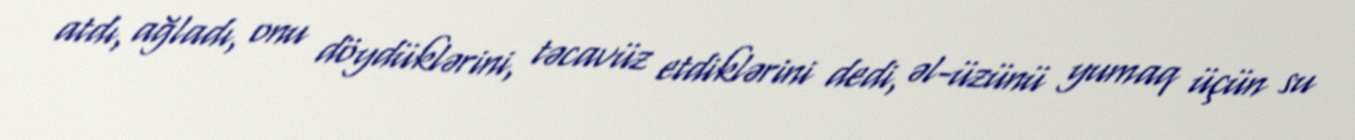
atdı, ağladı, onu döydüklərini, təcavüz etdiklərini dedi, əl-üzünü yumaq üçün su